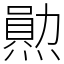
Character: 𤏩